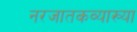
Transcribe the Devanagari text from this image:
नरजातकव्याख्या